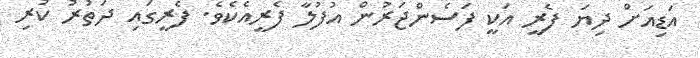
އަޑިއަށް ދިޔަ ފެރީ އަކީ ފަސެންޖަރުން އުފުލާ ފެރީއެކެވެ. ފެރީގައި ދަތުރު ކުރި